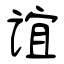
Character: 谊